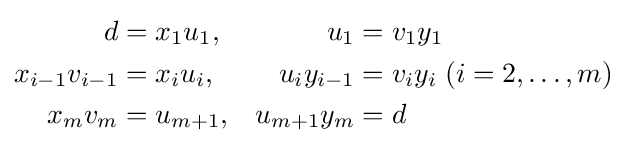
{\begin{aligned}d&=x_{1}u_{1},&u_{1}&=v_{1}y_{1}\\x_{i-1}v_{i-1}&=x_{i}u_{i},&u_{i}y_{i-1}&=v_{i}y_{i}\;(i=2,\dots ,m)\\x_{m}v_{m}&=u_{m+1},&u_{m+1}y_{m}&=d\end{aligned}}